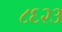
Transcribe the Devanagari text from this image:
८६२३